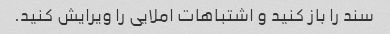
سند را باز کنید و اشتباهات املایی را ویرایش کنید.